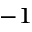
^ { - 1 }